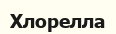
Хлорелла